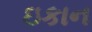
ઇકાન